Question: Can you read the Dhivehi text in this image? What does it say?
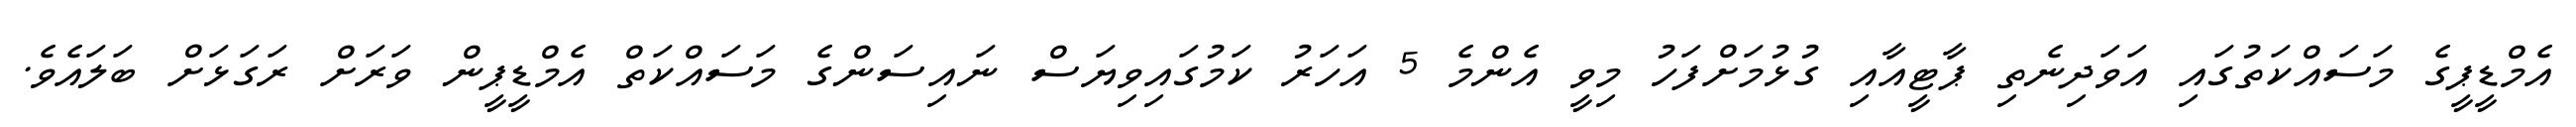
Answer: އެމްޑީޕީގެ މަސައްކަތުގައި އަވަދިނެތި ޕާޓީއާއި ގުޅުމަށްފަހު މިވީ އެންމެ 5 އަހަރު ކަމުގައިވިޔަސް ނައިސަންގެ މަސައްކަތް އެމްޑީޕީން ވަރަށް ރަގަޅަށް ބަލައެވެ.